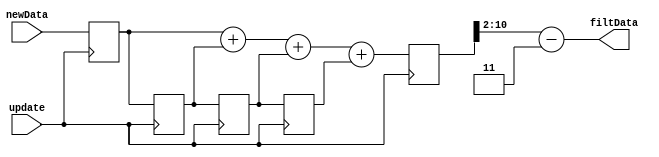
module filter(
	input update,
	input [8:0] newData, 
	output [8:0] filtData
    );

reg [8:0] data0; 
reg [8:0] data1;
reg [8:0] data2;
reg [8:0] data3;
reg [10:0] sum;    
always @(posedge update) begin 
	data0 <= newData; 
	data1 <= data0; 
	data2 <= data1; 
	data3 <= data2;
	sum <= data0+data1+data2+data3; 
end 

assign filtData = sum[10:2]-9'b11;
endmodule